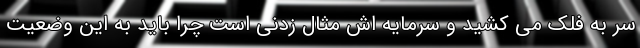
سر به فلک می کشید و سرمایه اش مثال زدنی است چرا باید به این وضعیت